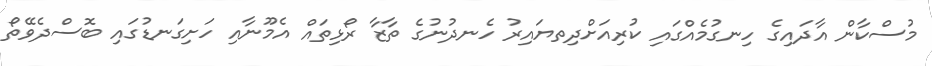
މުސްކާން އާދައިގެ ހިނގުމެއްގައި ކުރިއަށްދިތޔައިރު ހެނދުނުގެ ތާޒާ ރޯޅިތައް އެމޫނާއި ހަށިގަނޑުގައި ބޮސްދެވޭތޯ